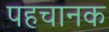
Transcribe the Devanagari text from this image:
पहचानक